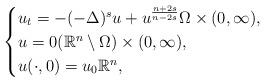
LaTeX: \begin{align*}\begin{cases}u_t = -(-\Delta)^{s}u + u^{\frac{n+2s}{n-2s}} \Omega\times (0, \infty),\\ u = 0 (\mathbb{R}^n\setminus \Omega)\times (0, \infty),\\ u(\cdot, 0) = u_0 \mathbb{R}^n, \end{cases}\end{align*}